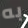
به